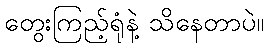
တွေးကြည့်ရုံနဲ့ သိနေတာပဲ။